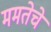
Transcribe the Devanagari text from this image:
ममतेचे